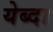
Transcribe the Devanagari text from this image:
येब्दा